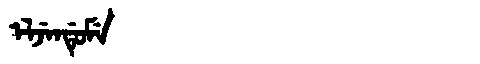
Manchu: ᡝᠯᠵᡝᠨᡩᡠᠮᡝ
Romanization: ELJENDUME